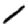
Digit: 1